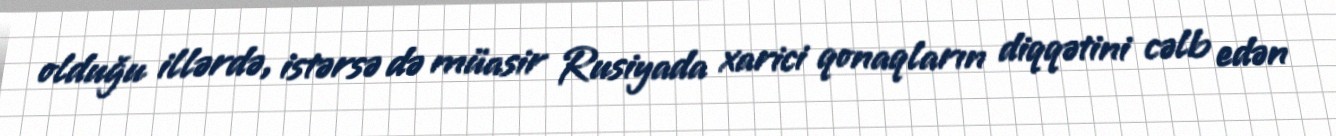
olduğu illərdə, istərsə də müasir Rusiyada xarici qonaqların diqqətini cəlb edən